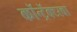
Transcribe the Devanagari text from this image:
कॉन्ट्रॅक्टरचा